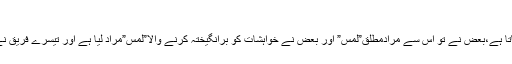
(النساء: ۳۴)
علماءکرام کے مابین( اَو لاَمَستُمُ النِّسَاء) کے معنی میں شدید اختلاف پایا جاتا ہے،بعض نے تو اس سے مرادمطلق”لمس” اور بعض نے خواہشات کو برانگیختہ کرنے والا”لمس”مراد لیا ہے اور تیسرے فریق نے اس سے مراد جماع لیا ہے اور یہی موقف حضرت ابن عباس صکا ہے۔